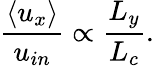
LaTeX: \frac{\langle u_{x}\rangle}{u_{in}}\propto\frac{L_{y}}{L_{c}}.